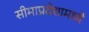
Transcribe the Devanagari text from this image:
सीमाप्रदेशामध्ये